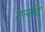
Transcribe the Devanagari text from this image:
मलौद